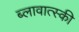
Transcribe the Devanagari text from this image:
ब्लावात्स्की